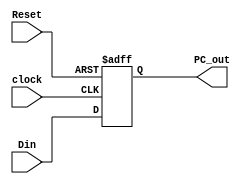
`timescale 1ns / 1ps
//////////////////////////////////////////////////////////////////////////////////
// Company: 
// Engineer: 
// 
// Design Name: 
// Module Name: PC
// Project Name: 
// Target Devices: 
// Tool Versions: 
// Description: 
// 
// Dependencies: 
// 
// Revision:
// Revision 0.01 - File Created
// Additional Comments:
// 
//////////////////////////////////////////////////////////////////////////////////


module PC(
    input clock,
    input Reset,
    input [31:0] Din,
    output reg [31:0] PC_out
    );
    
    always@(posedge clock, posedge Reset)
        begin
            if(Reset)
                PC_out <= 32'b0;
            else
                PC_out <= Din ;
        end        
endmodule